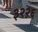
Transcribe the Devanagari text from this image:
३२२६